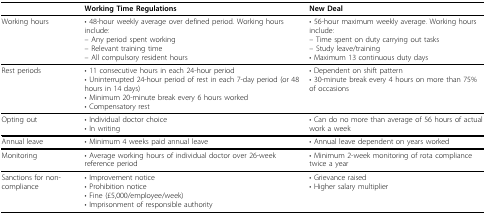
|  | Working Time Regulations | New Deal |
 | --- | --- | --- |
 | Working hours | • 48-hour weekly average over defined period. Working hours include:– Any period spent working– Relevant training time– All compulsory resident hours | • 56-hour maximum weekly average. Working hours include:– Time spent on duty carrying out tasks– Study leave/training• Maximum 13 continuous duty days |
 | Rest periods | • 11 consecutive hours in each 24-hour period• Uninterrupted 24-hour period of rest in each 7-day period (or 48 hours in 14 days)• Minimum 20-minute break every 6 hours worked• Compensatory rest | • Dependent on shift pattern• 30-minute break every 4 hours on more than 75% of occasions |
 | Opting out | • Individual doctor choice• In writing | • Can do no more than average of 56 hours of actual work a week |
 | Annual leave | • Minimum 4 weeks paid annual leave | • Annual leave dependent on years worked |
 | Monitoring | • Average working hours of individual doctor over 26-week reference period | • Minimum 2-week monitoring of rota compliance twice a year |
 | Sanctions for non-compliance | • Improvement notice• Prohibition notice• Fine (£5,000/employee/week)• Imprisonment of responsible authority | • Grievance raised• Higher salary multiplier |